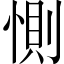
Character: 惻